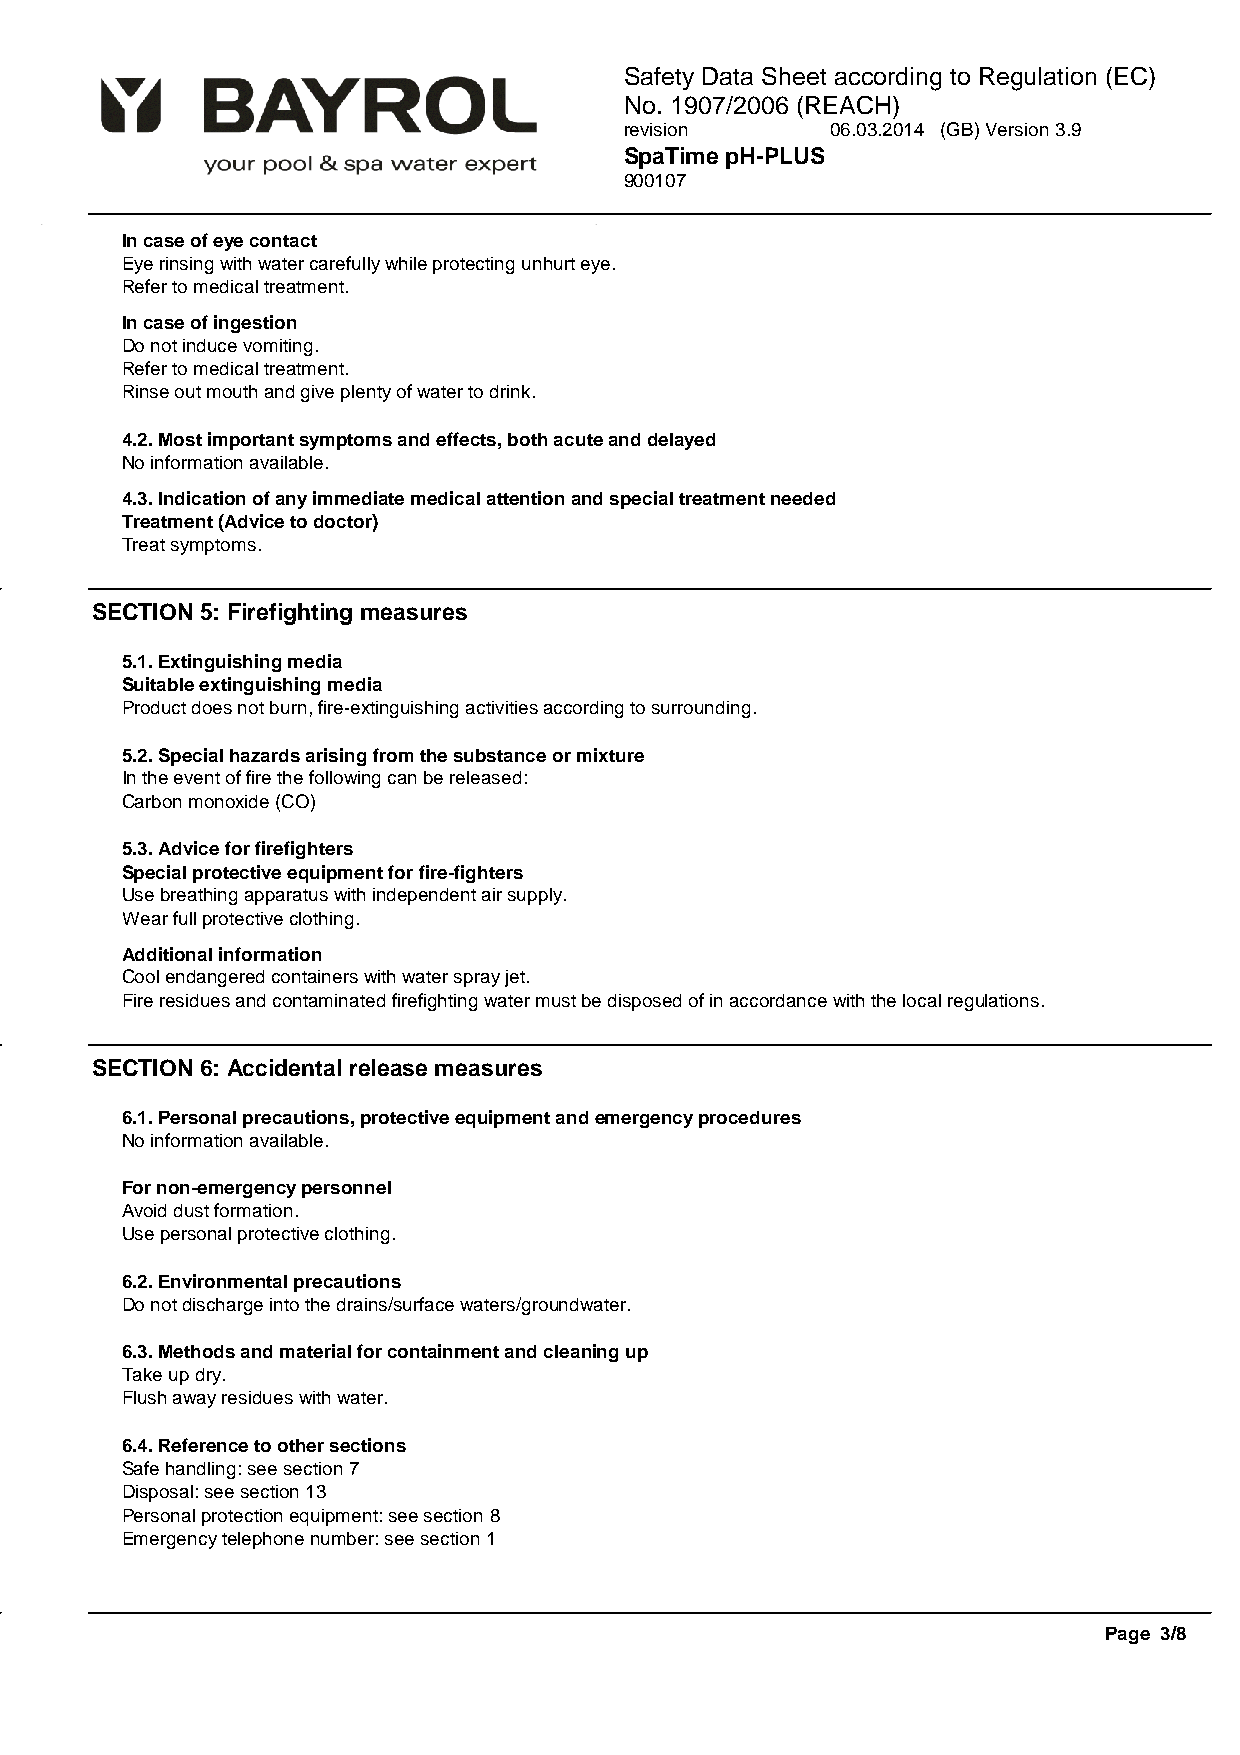
Safety Data Sheet according to Regulation (EC)
 No. 1907/2006 (REACH)
 revision      06.03.2014 (GB) Version 3.9
 SpaTime pH-PLUS
 900107
 In case of eye contact
 Eye rinsing with water carefully while protecting unhurt eye.
 Refer to medical treatment.
 In case of ingestion
 Do not induce vomiting.
 Refer to medical treatment.
 Rinse out mouth and give plenty of water to drink.
 4.2. Most important symptoms and effects, both acute and delayed
 No information available.
 4.3. Indication of any immediate medical attention and special treatment needed
 Treatment (Advice to doctor)
 Treat symptoms.
 SECTION 5: Firefighting measures
 5.1. Extinguishing media
 Suitable extinguishing media
 Product does not burn, fire-extinguishing activities according to surrounding.
 5.2. Special hazards arising from the substance or mixture
 In the event of fire the following can be released:
 Carbon monoxide (CO)
 5.3. Advice for firefighters
 Special protective equipment for fire-fighters
 Use breathing apparatus with independent air supply.
 Wear full protective clothing.
 Additional information
 Cool endangered containers with water spray jet.
 Fire residues and contaminated firefighting water must be disposed of in accordance with the local regulations.
 SECTION 6: Accidental release measures
 6.1. Personal precautions, protective equipment and emergency procedures
 No information available.
 For non-emergency personnel
 Avoid dust formation.
 Use personal protective clothing.
 6.2. Environmental precautions
 Do not discharge into the drains/surface waters/groundwater.
 6.3. Methods and material for containment and cleaning up
 Take up dry.
 Flush away residues with water.
 6.4. Reference to other sections
 Safe handling: see section 7
 Disposal: see section 13
 Personal protection equipment: see section 8
 Emergency telephone number: see section 1
 Page 3/8